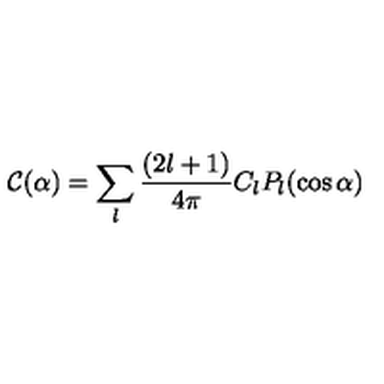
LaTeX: { \mathcal C } ( \alpha ) = \sum _ { l } { \frac { ( 2 l + 1 ) } { 4 \pi } } C _ { l } P _ { l } ( \cos \alpha )